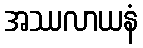
အဿလာယနံ